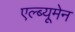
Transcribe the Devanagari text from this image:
एल्ब्यूमेन